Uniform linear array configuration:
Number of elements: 16
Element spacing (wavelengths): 0.5
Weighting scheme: kaiser
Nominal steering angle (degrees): -45
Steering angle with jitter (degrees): -44.314
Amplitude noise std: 0.05
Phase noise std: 0.05

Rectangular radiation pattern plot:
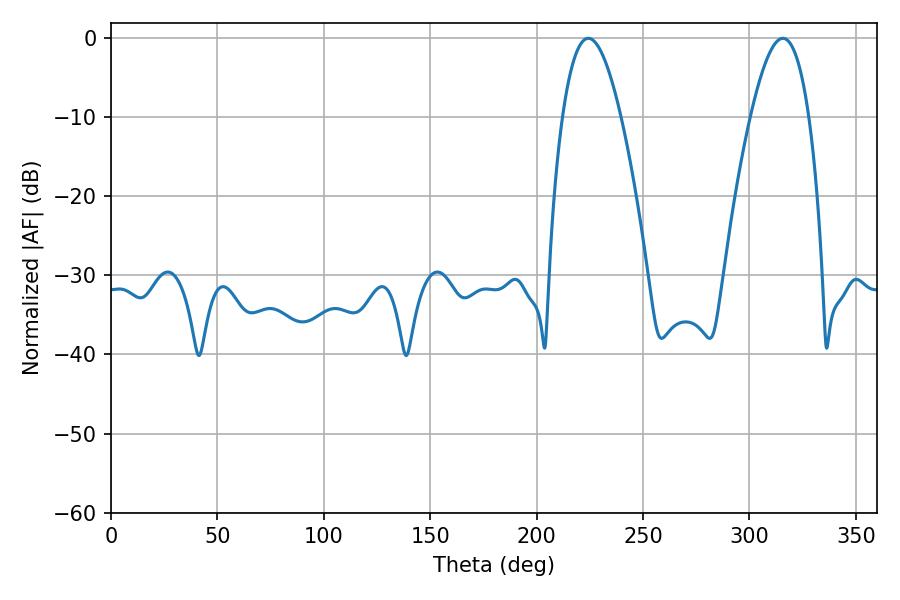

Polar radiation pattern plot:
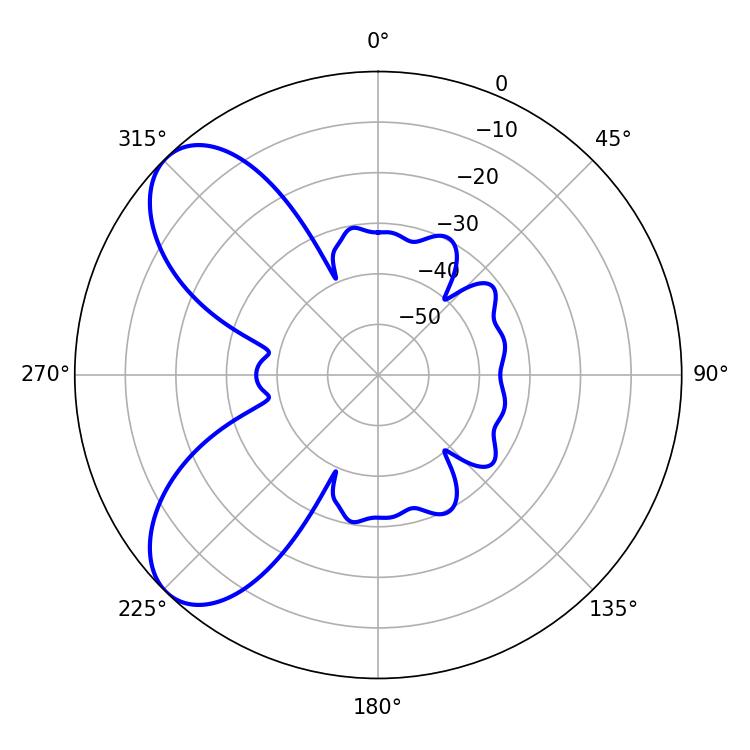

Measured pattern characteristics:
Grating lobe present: FALSE
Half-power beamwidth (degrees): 14.94
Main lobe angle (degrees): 224.28